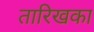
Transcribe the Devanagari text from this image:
तारिखका